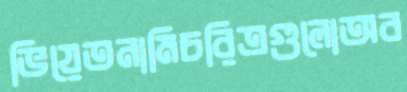
ভিয়েতনামিচরিত্রগুলোঅব